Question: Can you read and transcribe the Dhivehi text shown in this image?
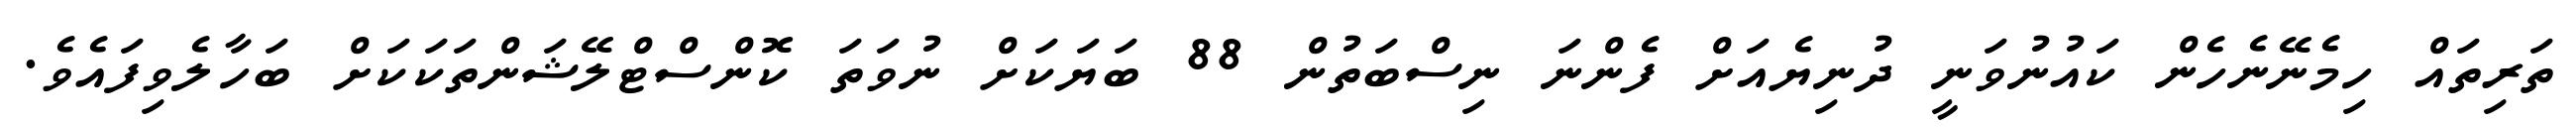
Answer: ތަރިތައް ހިމެނޭނެހެން ކައުނުވަނީ ދުނިޔެއަށް ފެންނަ ނިސްބަތުން 88 ބަޔަކަށް ނުވަތަ ކޮންސްޓްލޭޝަންތަކަކަށް ބަހާލެވިފައެވެ.